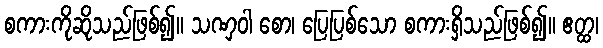
စကားကိုဆိုသည်ဖြစ်၍။ သဏှဝါ စော၊ ပြေပြစ်သော စကားရှိသည်ဖြစ်၍။ ဧတ္ထ၊